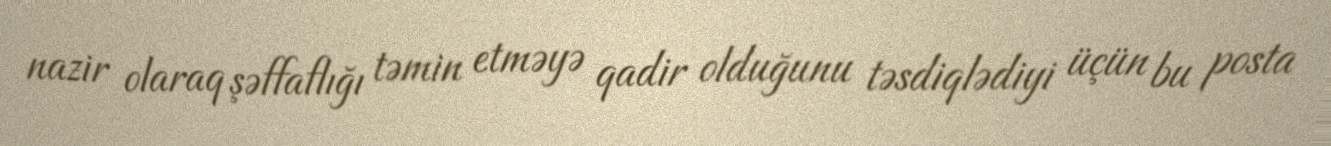
nazir olaraq şəffaflığı təmin etməyə qadir olduğunu təsdiqlədiyi üçün bu posta